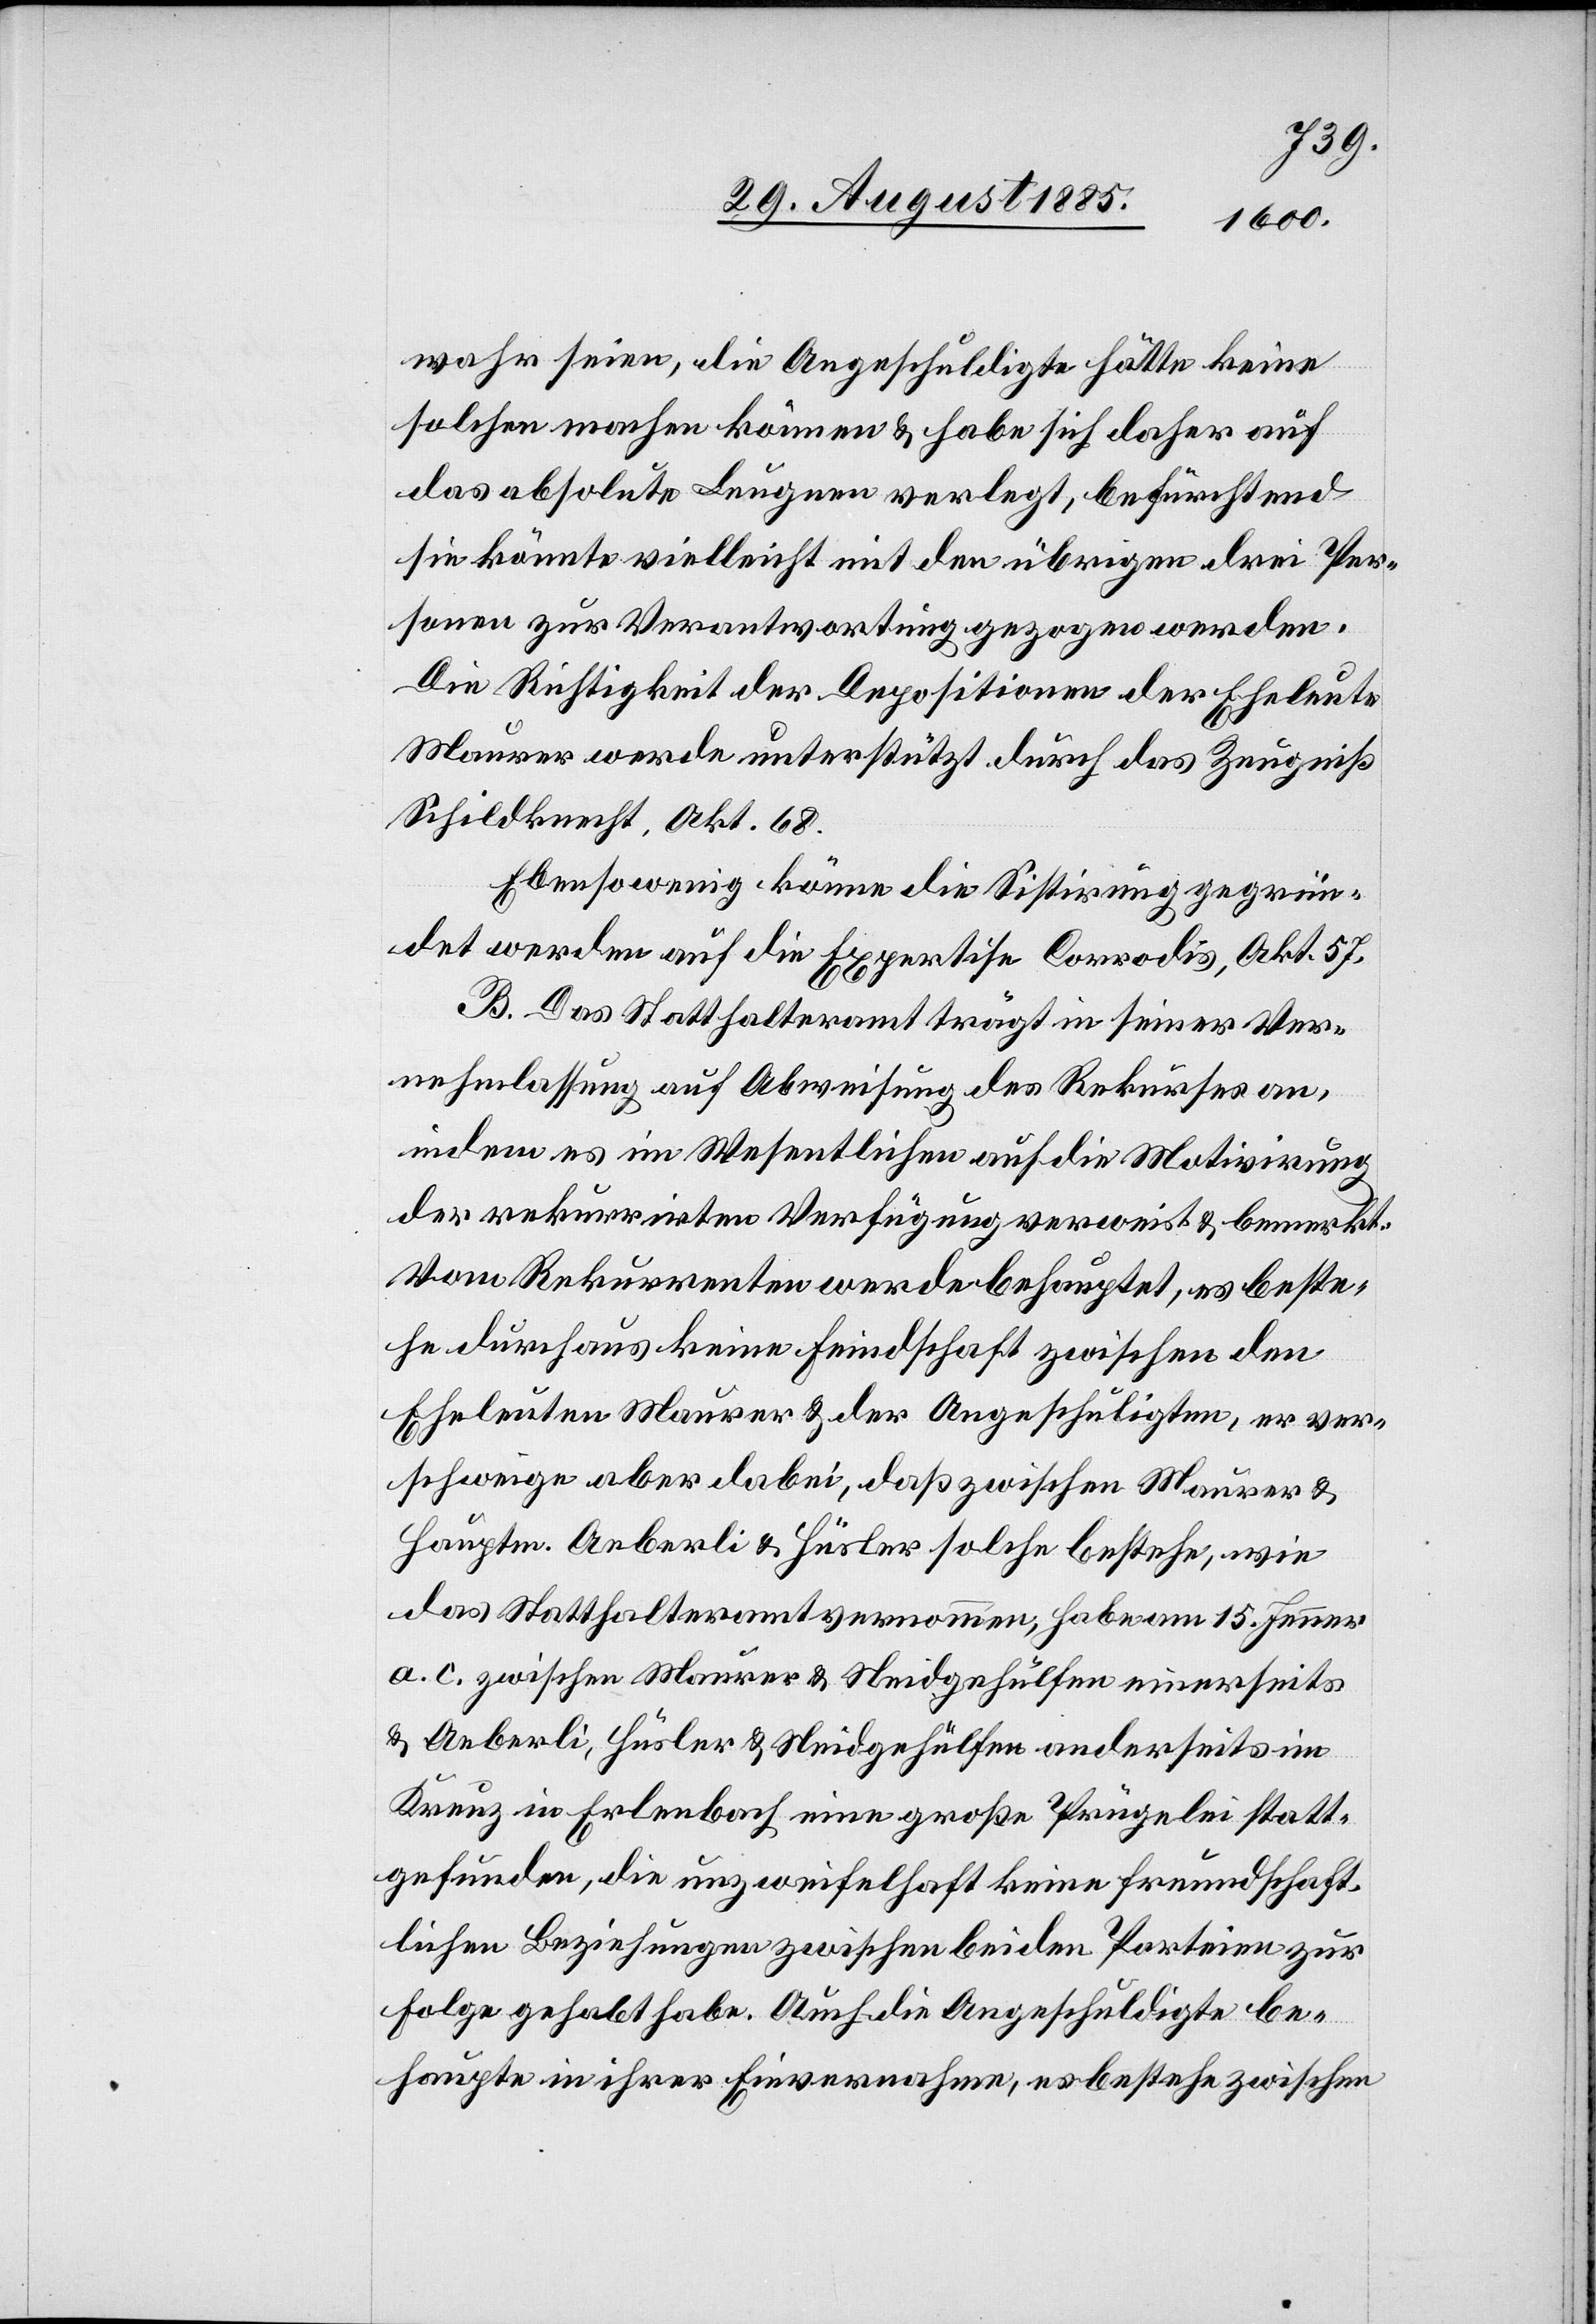
wahr seien, die Angeschuldigte hätte keine
solchen machen können & habe sich daher auf
das absolute Leugnen verlegt, befürchtend
sie könnte vielleicht mit den übrigen drei Per¬
sonen zur Verantwortung gezogen werden.
Die Richtigkeit der Depositionen der Eheleute
Maurer werde unterstützt durch das Zeugniß
Schildknecht, Akt. 68.
Ebenso wenig könne die Sistirung gegrün¬
det werden auf die Expertise Corrodis, Akt. 57.
B. Das Statthalteramt trägt in seiner Ver¬
nehmlassung auf Abweisung des Rekurses an,
indem es im Wesentlichen auf die Motivirung
der rekurrirten Verfügung verweist & bemerkt:
Vom Rekurrenten werde behauptet, es beste¬
he durchaus keine Feindschaft zwischen den
Eheleuten Maurer & der Angeschuldigten, er ver¬
schweige aber dabei, daß zwischen Maurer &
Hauptm. Aeberli & Hüsler solche bestehe, wie
das Statthalteramt vernommen, habe am 15. Jenner
a. c. zwischen Maurer & Neidgehülfen einerseits
& Aeberli, Hüsler & Neidgehülfen anderseits im
Kreuz in Erlenbach eine große Prügelei statt¬
gefunden, die unzweifelhaft keine freundschaft¬
lichen Beziehungen zwischen beiden Parteien zur
Folge gehabt habe. Auch die Angeschuldigte be¬
haupte in ihrer Einvernahme, es bestehe zwischen